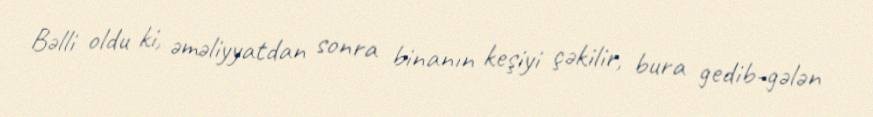
Bəlli oldu ki, əməliyyatdan sonra binanın keşiyi çəkilir, bura gedib-gələn